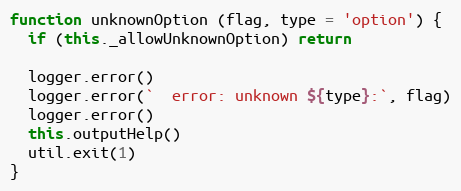
Language: JavaScript
function unknownOption (flag, type = 'option') {
  if (this._allowUnknownOption) return

  logger.error()
  logger.error(`  error: unknown ${type}:`, flag)
  logger.error()
  this.outputHelp()
  util.exit(1)
}